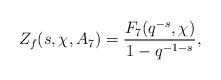
LaTeX: \begin{align*}Z_f(s, \chi, A_7)=\dfrac{F_7(q^{-s}, \chi)}{1-q^{-1-s}},\end{align*}